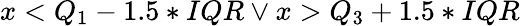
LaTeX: x<Q_{1}-1.5*IQR\lor x>Q_{3}+1.5*IQR